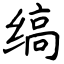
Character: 缟